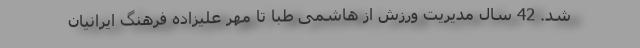
شد. 42 سال مدیریت ورزش از هاشمی طبا تا مهر علیزاده فرهنگ ایرانیان